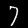
Label: 7